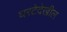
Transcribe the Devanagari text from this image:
घरटेदेखील